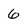
Character: 6